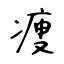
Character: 痩